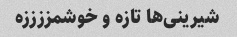
شیرینی‌ها تازه و خوشمززززه